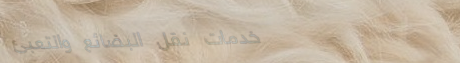
خدمات نقل البضائع والتعبئ